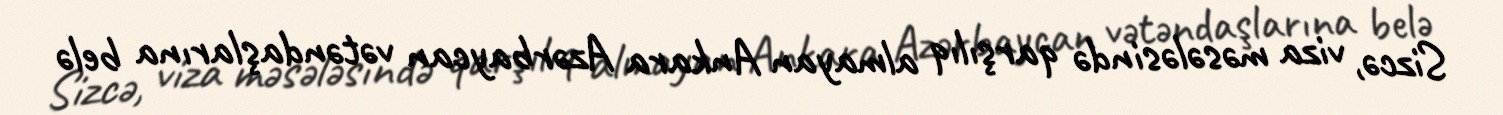
Sizcə, viza məsələsində qarşılıq almayan Ankara Azərbaycan vətəndaşlarına belə